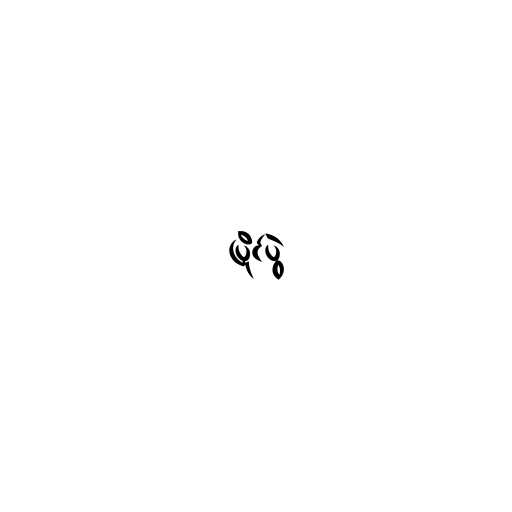
ပြိုင်ပွဲ